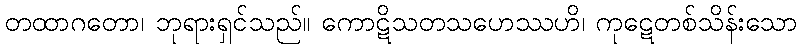
တထာဂတော၊ ဘုရားရှင်သည်။ ကောဋိသတသဟေဿဟိ၊ ကုဋေတစ်သိန်းသော